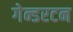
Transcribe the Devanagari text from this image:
गेन्डरटन